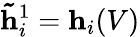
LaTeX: \mathbf{\tilde{h}}_{i}^{1}=\mathbf{h}_{i}(V)